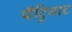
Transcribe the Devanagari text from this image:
पैट्रियाट